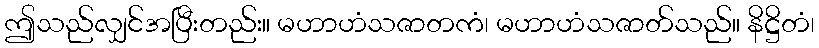
ဤသည်လျှင်အပြီးတည်း။ မဟာဟံသဇာတကံ၊ မဟာဟံသဇာတ်သည်။ နိဋ္ဌိတံ၊